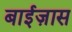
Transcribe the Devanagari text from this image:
बाईज़ास